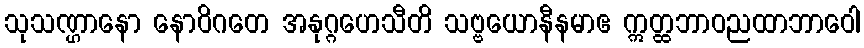
သုသဏ္ဌာနော နောဝိဂတေ အနုဂ္ဂဟေသီတိ သဗ္ဗယောနီနမာဧ ဣတ္ထဘာဝညထာဘာဝေါ